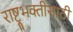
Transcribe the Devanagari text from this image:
राष्ट्रभक्तीसाठी